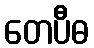
တေပီဓ